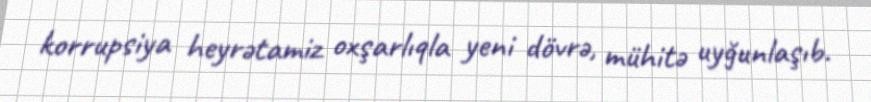
korrupsiya heyrətamiz oxşarlıqla yeni dövrə, mühitə uyğunlaşıb.